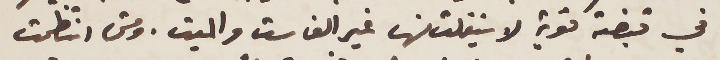
في قبضة قوية لا يتفلت منها غير الفاسق والميت. ومتى انتظمت